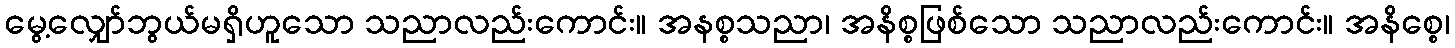
မွေ့လျှော်ဘွယ်မရှိဟူသော သညာလည်းကောင်း။ အနစ္စသညာ၊ အနိစ္စဖြစ်သော သညာလည်းကောင်း။ အနိစ္စေ၊